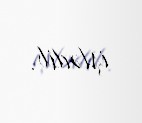
işlədib.